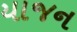
યાજન